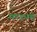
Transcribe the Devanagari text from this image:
मण्‍डनम